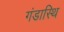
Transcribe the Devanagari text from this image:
गंडास्थि